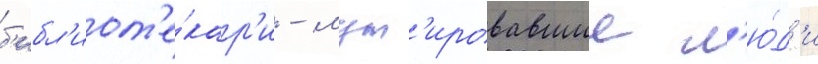
б'ибл'иот'е́кар'и - мут'ировавшие л'ю́д'и